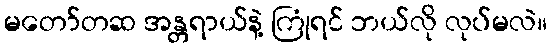
မတော်တဆ အန္တရာယ်နဲ့ ကြုံရင် ဘယ်လို လုပ်မလဲ။